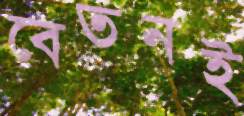
বেতনই